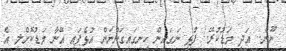
ނޫން.. އަދި މަޑުކުރޭ.! ފުޅި ނަގައިން ހިނގައިގަންނަން އުޅެފައި އޭނާ މަޑުކޮށްލީ އެ